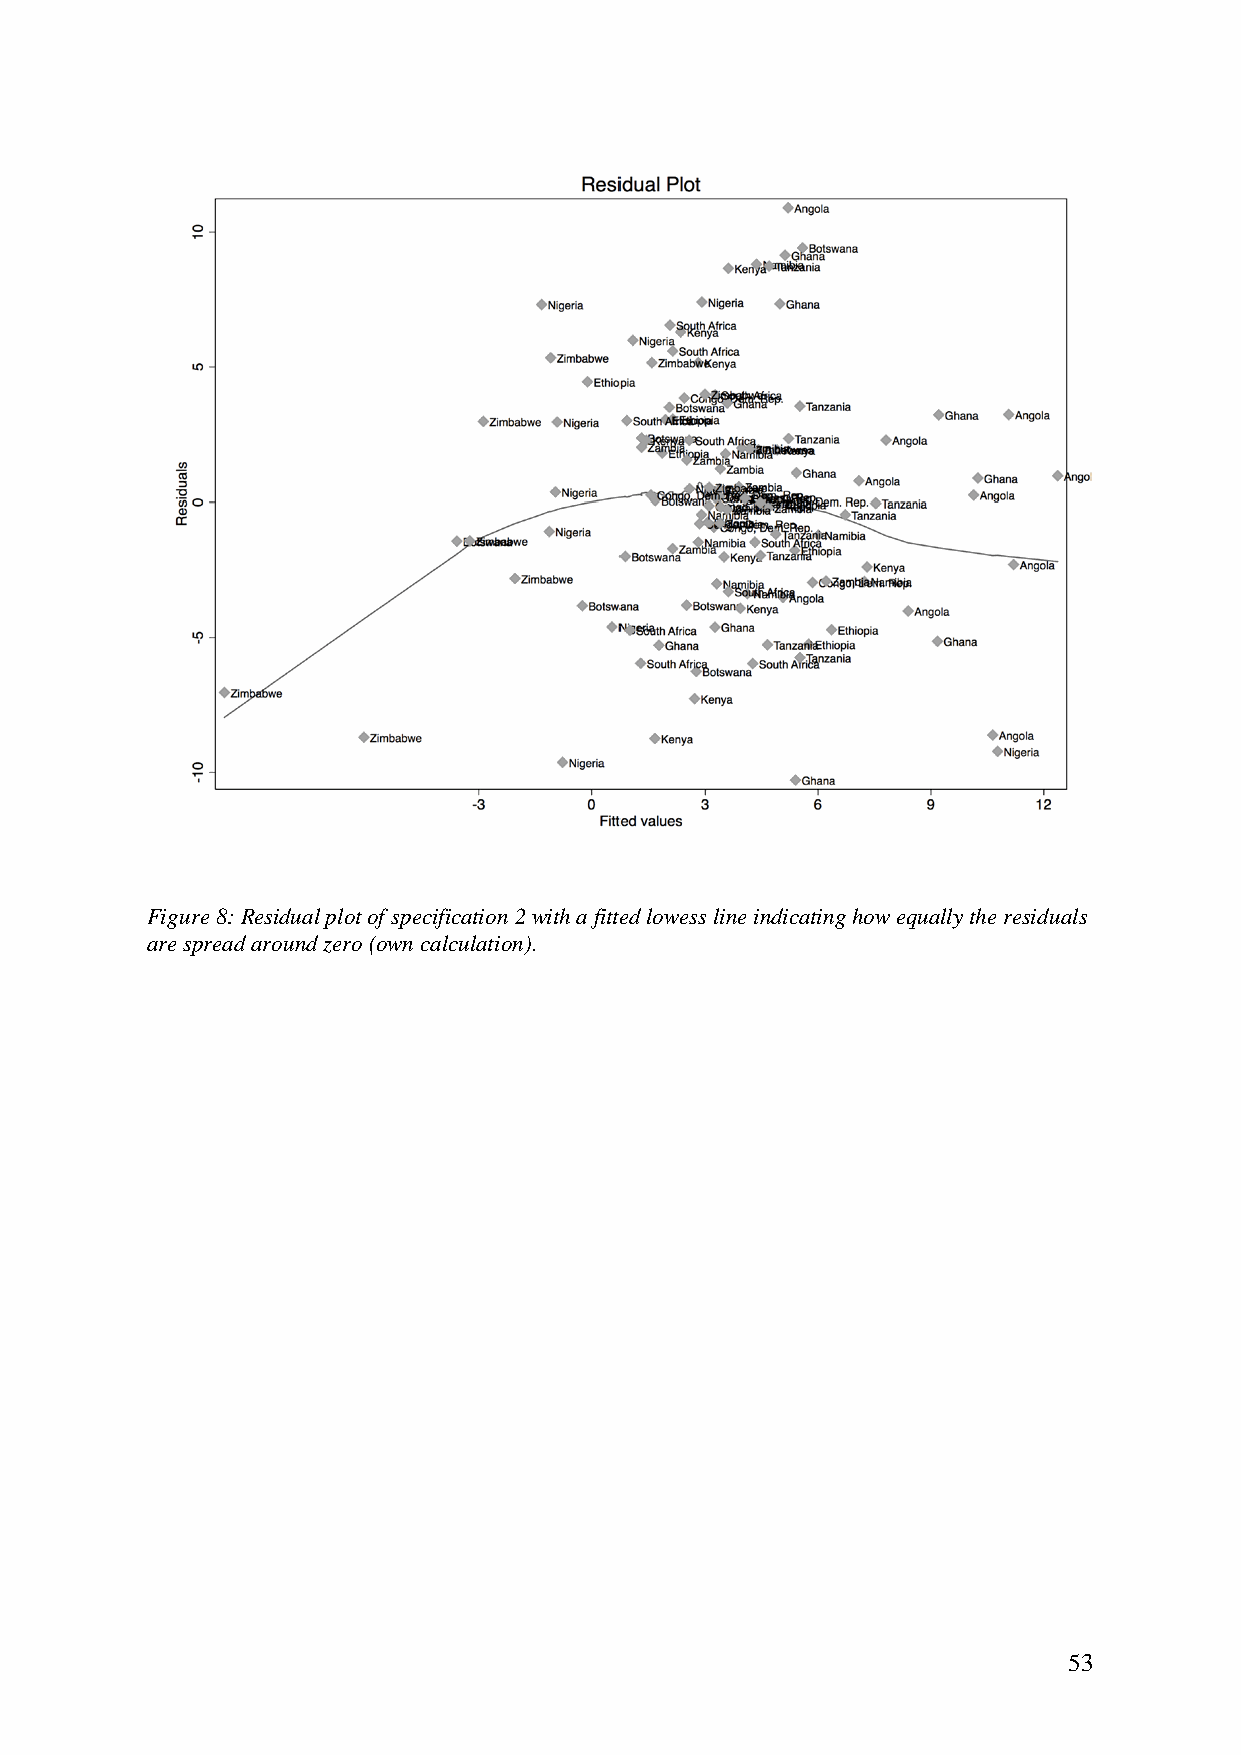
Figure 8: Residual plot of specification 2 with a fitted lowess line indicating how equally the residuals
 are spread around zero (own calculation).
 53